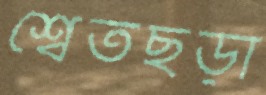
শ্বেতছড়া